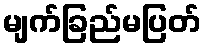
မျက်ခြည်မပြတ်